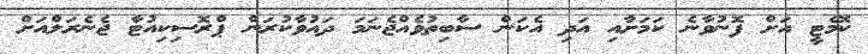
ކޮމެޓީ އަށް ފޮނުވާނެ ކަމަށާއި އަދި އެކަން ސާބިތުވެއްޖެނަމަ ދައުވާކުރަން ޕްރޮސިކިއުޓާ ޖެނެރަލްއަށް